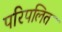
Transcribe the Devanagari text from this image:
परिपलित